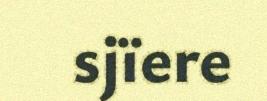
sjïere